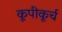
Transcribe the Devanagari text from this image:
कूपीकूर्च